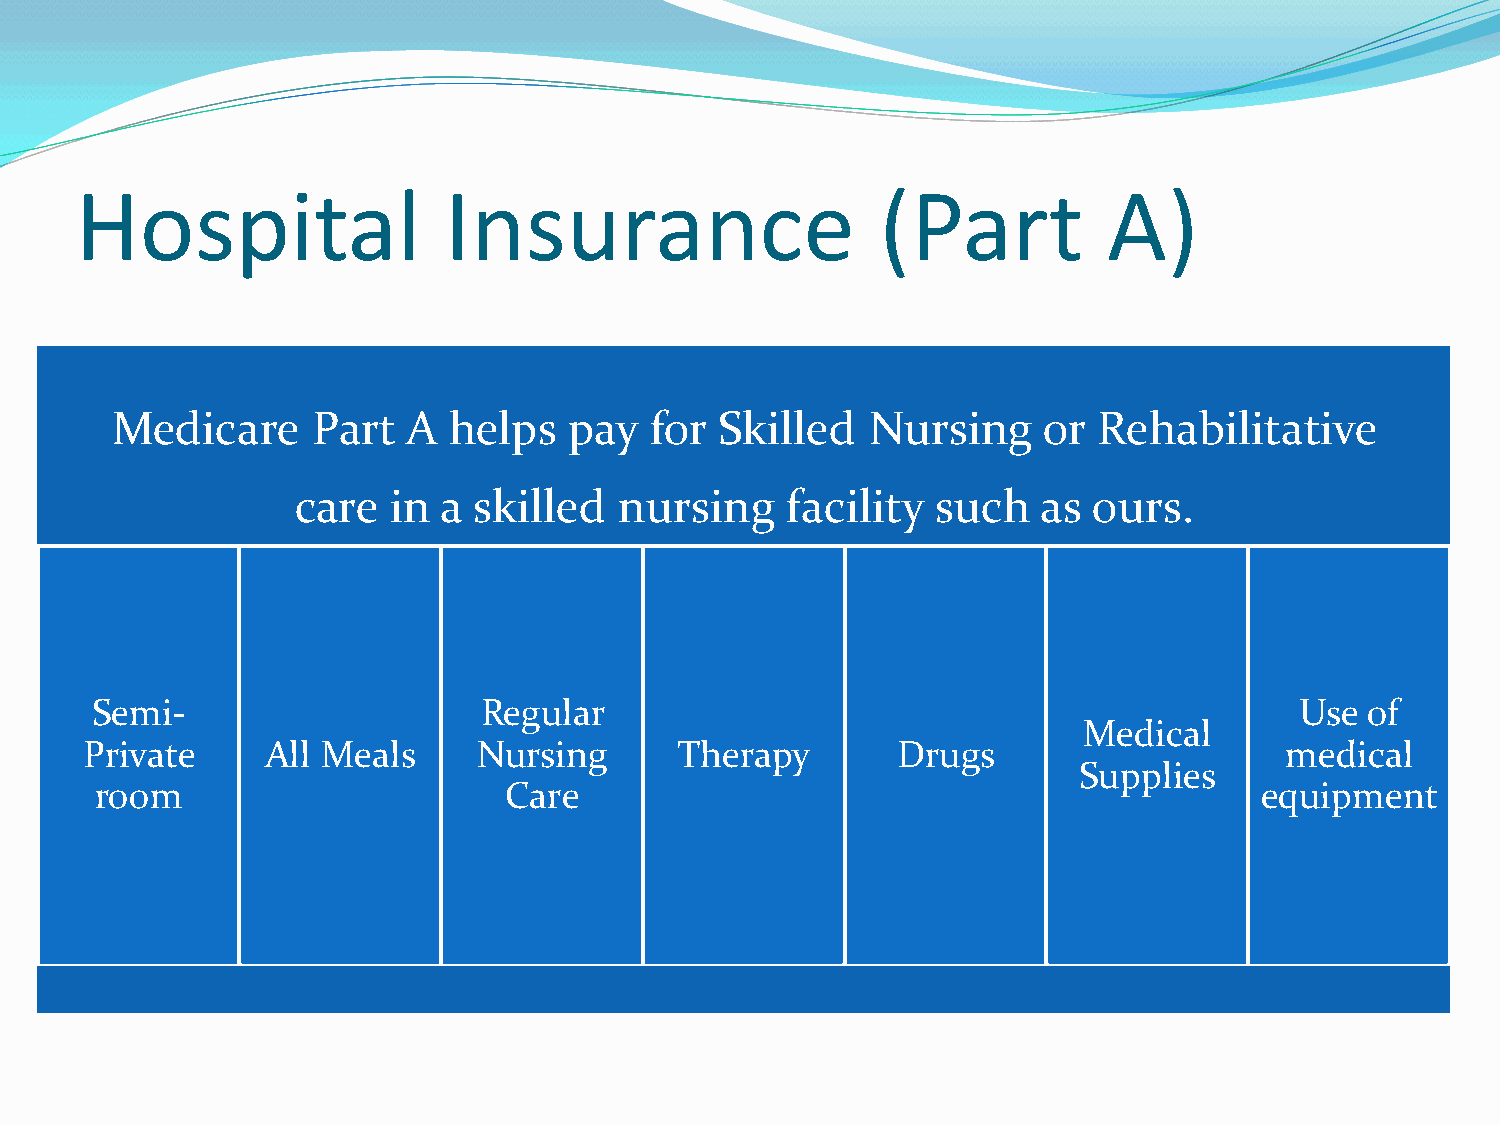
Hospital                Insurance                    (Part          A)
 Medicare      Part  A  helps   pay  for  Skilled   Nursing    or  Rehabilitative
 care  in a skilled   nursing    facility  such   as ours.
 Semi-                     Regular                                               Use of
 Medical
 Private      All Meals     Nursing      Therapy       Drugs                     medical
 Supplies
 room                       Care                                              equipment